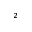
^ 2